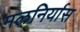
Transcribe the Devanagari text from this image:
मलनिर्यास